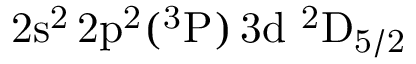
\mathrm { 2 s ^ { 2 } \, 2 p ^ { 2 } ( ^ { 3 } P ) \, 3 d ~ ^ { 2 } D _ { 5 / 2 } }